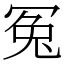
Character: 冤